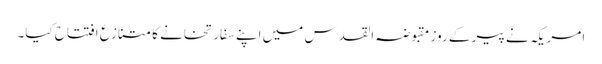
امریکہ نے پیر کے روز مقبوضہ القدس میں اپنے سفارتخانے کا متنازع افتتاح کیا۔